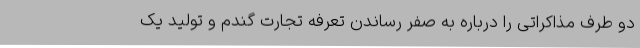
دو طرف مذاکراتی را درباره به صفر رساندن تعرفه تجارت گندم و تولید یک